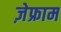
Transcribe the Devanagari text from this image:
ज़ेफ्राम